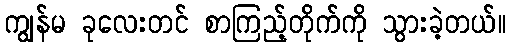
ကျွန်မ ခုလေးတင် စာကြည့်တိုက်ကို သွားခဲ့တယ်။